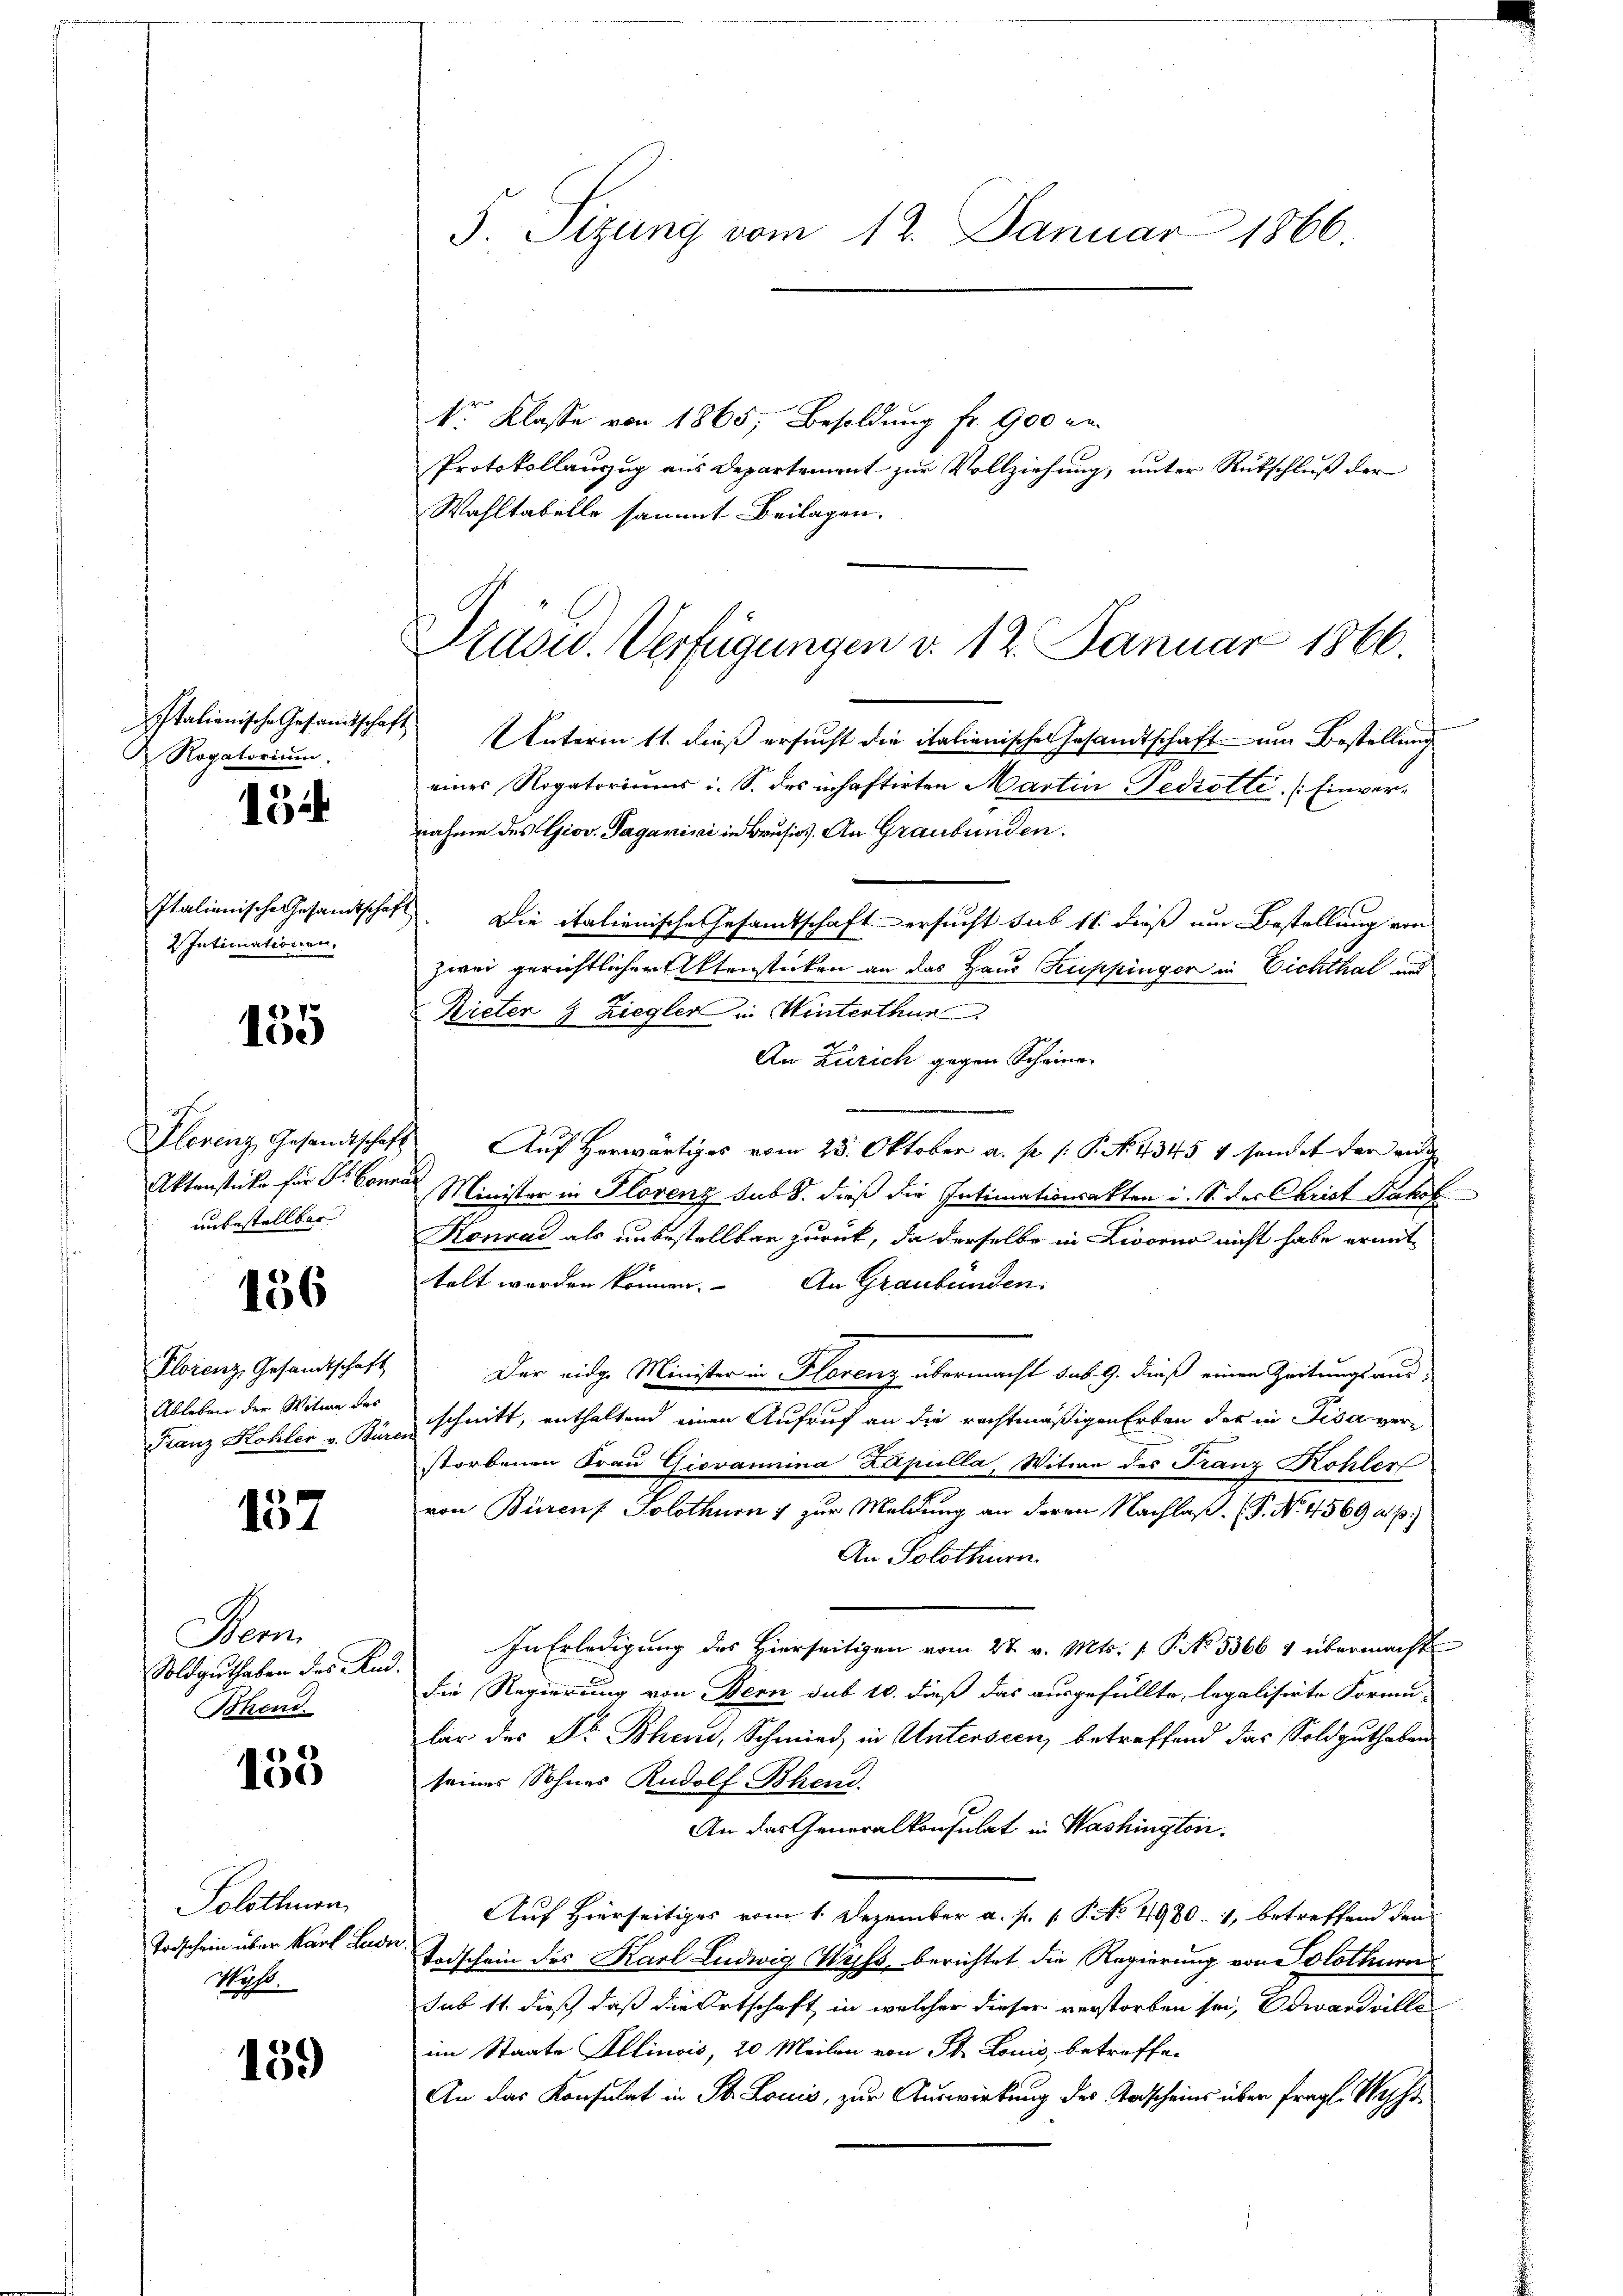
Rogatorium.

154

Italienische Gesandtschaf
2 Intimationen.

135

unbestellter

156

Florenz, Gesandtschaft
Ableben der Witwe des
Franz Kohler v. Bür

157

Ber
Soldguthaben des Ru
Bhend.

1
155

Solothurn
Totschein über Karl Lude
Mos.

159

kr. Klasse von 1865, Besoldung fr. 900 en
Protokollauszug aus Departement zur Vollziehung, unter Rutschluß der
Wahltabelle sammt Beilagen.

5. Sizung vom 12. Januar 1866.

Prau. Verfügungen d. 12. Januar 1866.

Italionische Gesandtschaft Unterm 11. dieß ersucht die italianischen Gesandtschaft um Bestellung
eines Rogatoriums i. S. des inhaftirten Martin Pedrotti (Einvernahme des Giov. Tagarini in Brusis). An Graubünden.
7. Die italienische Gesamtschaft ersucht sub 11. dieß um Bestellung von
zwei gerichtlicher Aktenstücken an das Haus Kuppinger in Eichthal und
Rieter & Ziegler in Winterthur
An Zürich gegen Scheine
Plorenz Gesandtschaft. Auf Herwärtiges vom 25. Oktober a. p. 1. P. N. 4345 v sendet der eidg
Aktenstücke für Sr. Conrad Minister in Florenz sub 8. dieß die Intimationsakten i. S. des Christ Jakob
Konrad als unbestellbar zurück, da derselbe in Livorno nicht habe ermit-
telt worden können. An Graubünden.
Der eidge Minister in Florenz übermacht sub. 9. dieß einen Zeitungsaus-
schnitt, enthaltend einen Aufruf an die rechtmäßigen Erben der in Fisa verstorbenen Frau Giovanina Lapulla, Witwe des Franz Kohler
von Bürens Solothurni zur Meldung an deren Nachlaß (P. No. 4569 a. p.)
An Solothurn
In Erledigung des Hierseitigen vom 27. v. Mts. [ P. No. 5366 4 übermacht
die Regierung von Bern sub 10. dieß das ausgefüllte, legalisirte Formu-
lar der Dr. Bhen, Schmied in Unterseen, betreffend das Soldguthaben
seines Sohnes Rudolf Bhend.
An das Generalkonsulat in Washington.
Auf Hierseitiges vom 1. Dezember a. p. p. P. No. 4980 - 1, betreffend den
 Todschein des Karl Ludwig Wyss, berichtet die Regierung von Solothurn
sub 11. dieß daß die Ortschaft in welcher dieser verstorben sei, Edwardelle
im Staate Illinois, 20 Meilen von St. Louis, betreffe.
An das Konsulat in St. Louis, zur Auswirkung des Todscheins über fragl. Wepf